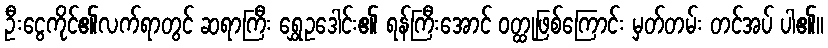
ဦးငွေကိုင်၏လက်ရာတွင် ဆရာကြီး ရွှေဥဒေါင်း၏ ရန်ကြီးအောင် ဝတ္ထုဖြစ်ကြောင်း မှတ်တမ်း တင်အပ် ပါ၏။